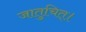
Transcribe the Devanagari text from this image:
जातुचित्।